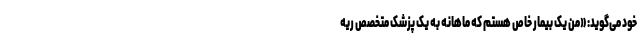
خود می‌گوید: «من یک بیمار خاص هستم که ماهانه به یک پزشک متخصص ریه